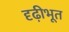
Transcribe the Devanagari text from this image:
दृढ़ीभूत